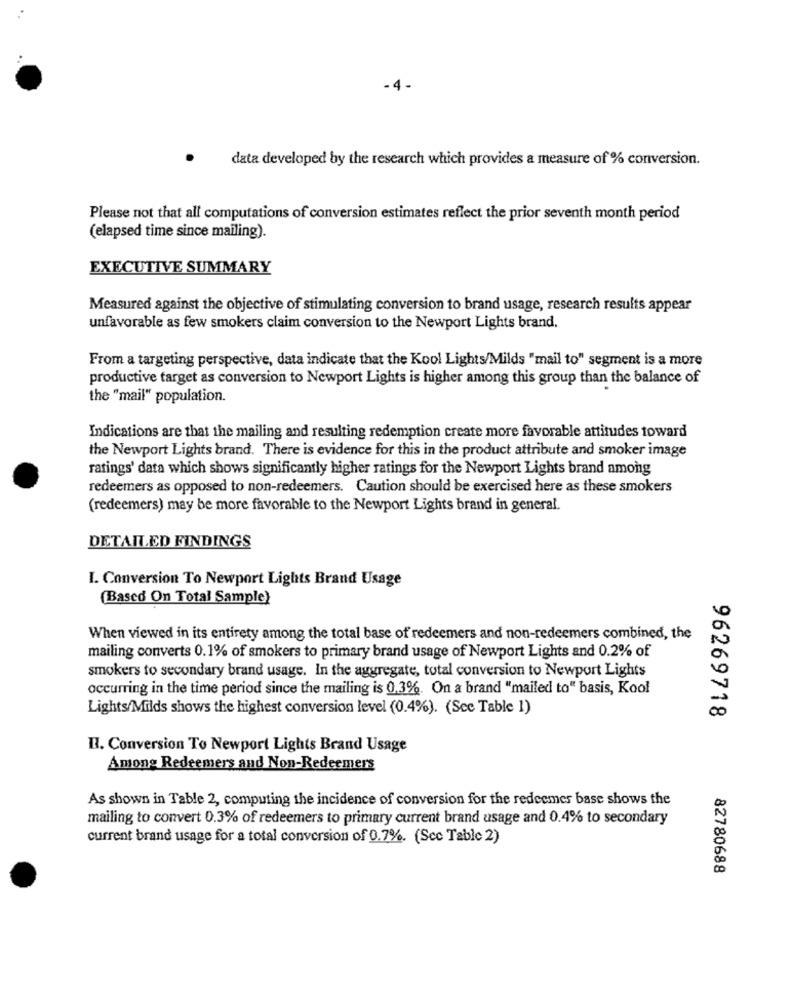
-4-
data developed by the research which provides a measure of % conversion.
Please not that all computations of conversion estimates reflect the prior seventh month period
(elapsed time since mailing).
EXECUTIVE SUMMARY
Measured against the objective of stimulating conversion to brand usage, research results appear
unfavorable as few smokers claim conversion to the Newport Lights brand.
From a targeting perspective, data indicate that the Kool Lights/Milds "mail to" segment is a more
productive target as conversion to Newport Lights is higher among this group than the balance of
the "mail" population.
Indications are that the mailing and resulting redemption create more favorable attitudes toward
the Newport Lights brand. There is evidence for this in the product attribute and smoker image
ratings' data which shows significantly higher ratings for the Newport Lights brand among
redeemers as opposed to non-redeemers. Caution should be exercised here as these smokers
(redeemers) may be more favorable to the Newport Lights brand in general.
DETAILED FINDINGS
I. Conversion To Newport Lights Brand Usage
(Based On Total Sample)
When viewed in its entirety among the total base of redeemers and non-redeemers combined, the
mailing converts 0.1% of smokers to primary brand usage of Newport Lights and 0.2% of
smokers to secondary brand usage. In the aggregate, total conversion to Newport Lights
occurring in the time period since the mailing is 0.3%. On a brand "mailed to" basis, Kool
Lights/Milds shows the highest conversion level (0.4%). (Scc Table 1)
96269718
B. Conversion To Newport Lights Brand Usage
Among Redeemers and Non-Redeemers
As shown in Table 2, computing the incidence of conversion for the redeemes base shows the
mailing to convert 0.3% of redeemers to primary current brand usage and 0.4% to secondary
current brand usage for a total conversion of 0.7%. (Sec Table 2)
82780688